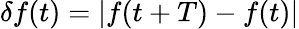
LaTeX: \delta f(t)=|f(t+T)-f(t)|